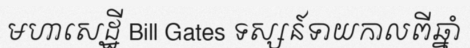
មហាសេដ្ឋី Bill Gates ទស្សន៍ទាយកាលពីឆ្នាំ